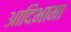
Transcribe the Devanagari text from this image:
आदिभामा